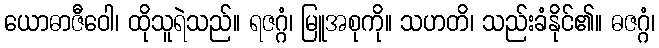
ယောဓာဇီဝေါ၊ ထိုသူရဲသည်။ ရဇဂ္ဂံ၊ မြူအစုကို။ သဟတိ၊ သည်းခံနိုင်၏။ ဓဇဂ္ဂံ၊